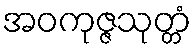
အဝကုဇ္ဇသုတ္တံ